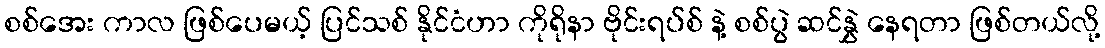
စစ်အေး ကာလ ဖြစ်ပေမယ့် ပြင်သစ် နိုင်ငံဟာ ကိုရိုနာ ဗိုင်းရပ်စ် နဲ့ စစ်ပွဲ ဆင်နွှဲ နေရတာ ဖြစ်တယ်လို့